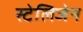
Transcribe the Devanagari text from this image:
स्टेलिजेन